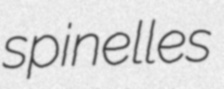
spinelles